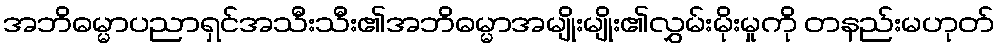
အဘိဓမ္မာပညာရှင်အသီးသီး၏အဘိဓမ္မာအမျိုးမျိုး၏လွှမ်းမိုးမှုကို တနည်းမဟုတ်